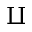
\amalg